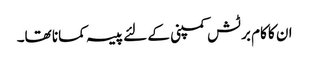
ان کا کام برٹش کمپنی کے لئے پیسہ کمانا تھا۔